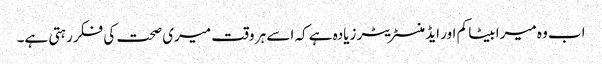
اب وہ میرا بیٹا کم اور ایڈمنسٹریٹر زیادہ ہے کہ اسے ہر وقت میری صحت کی فکر رہتی ہے۔